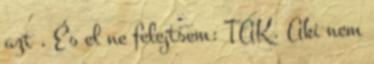
azt . És el ne felejtsem: TAK. Aki nem